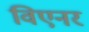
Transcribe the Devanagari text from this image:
विएनर